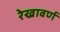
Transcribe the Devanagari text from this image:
रेखावर्ण